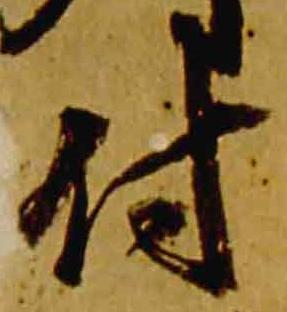
付